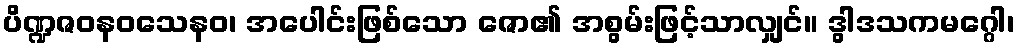
ပိဏ္ဍဇဝနဝသေနဝ၊ အပေါင်းဖြစ်သော ဇော၏ အစွမ်းဖြင့်သာလျှင်။ ဒွါဒသကမဂ္ဂေါ၊